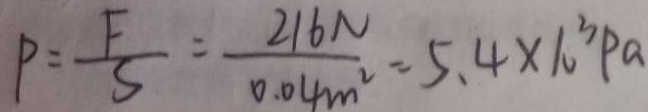
P = \frac { F } { S } = \frac { 2 1 6 N } { 0 . 0 4 m ^ { 2 } } = 5 . 4 \times 1 0 ^ { 3 } P a